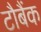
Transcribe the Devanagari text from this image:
टौबैंक